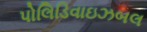
પોલિડિવાઇઝબલ